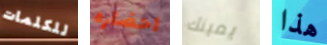
للكلمات احضاره يمينك هذا